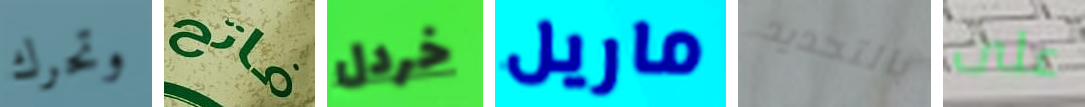
وتحرك فاتح خردل ماريل بالتحديد على